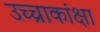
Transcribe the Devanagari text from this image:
उच्चाकांक्षा